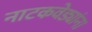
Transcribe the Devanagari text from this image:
नाटकवेड्यांना